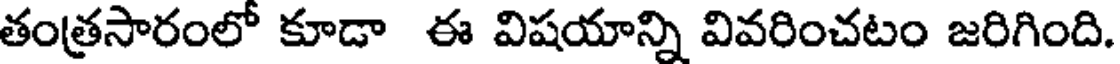
తంత్రసారంలో కూడా ఈ విషయాన్ని వివరించటం జరిగింది.